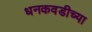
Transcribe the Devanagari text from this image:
धनकवडीच्या